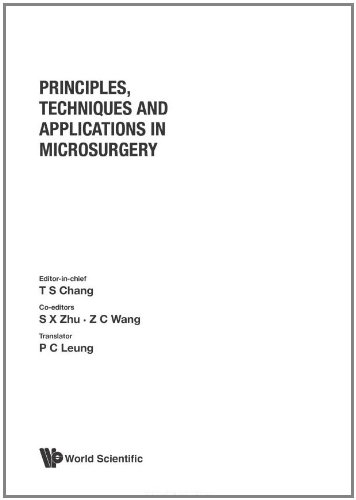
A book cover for Principles, Techniques And Applications In Microsurgery: Proc; T-S Chang; Medical Books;